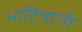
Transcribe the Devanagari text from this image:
भाटियांनी